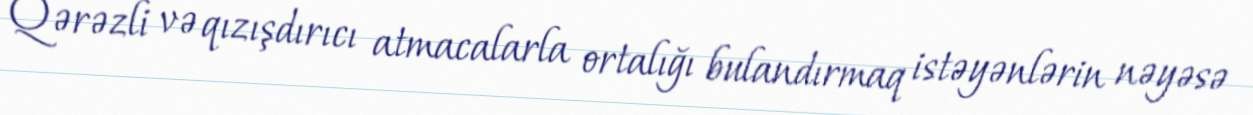
Qərəzli və qızışdırıcı atmacalarla ortalığı bulandırmaq istəyənlərin nəyəsə